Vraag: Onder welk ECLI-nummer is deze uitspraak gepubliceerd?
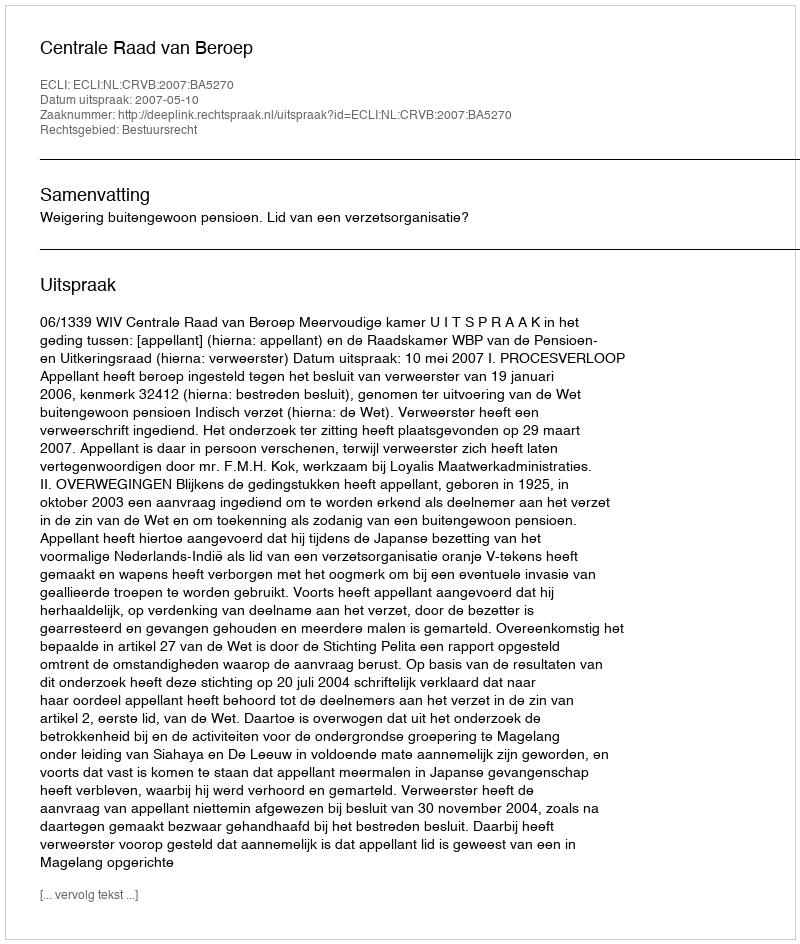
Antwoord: ECLI:NL:CRVB:2007:BA5270